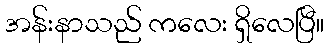
အန်းနာသည် ကလေး ရှိလေပြီ။